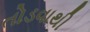
તોડવાથી